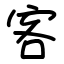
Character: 客